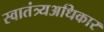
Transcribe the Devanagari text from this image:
स्वातंत्र्यअधिकार